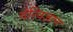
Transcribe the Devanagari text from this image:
दंत्विज्ञान